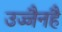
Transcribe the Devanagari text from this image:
उज्जैनहै